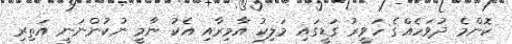
ކޮންމެ ދުވަހެއްގެ ހަވީރު ގަޑީގައި މަލިކު އާމިރާއި އެކު ނާމީ ނުކުންނަނީ އަތިރި